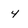
Character: 4